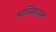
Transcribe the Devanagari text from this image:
भास्विकाम्ल